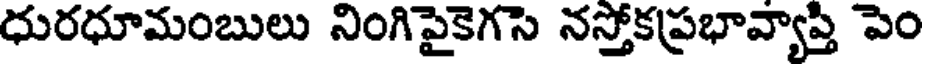
ధురధూమంబులు నింగిపైకెగసె నస్తోకప్రభావ్యాప్తి పెం